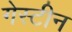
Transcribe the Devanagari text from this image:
गेस्टीन